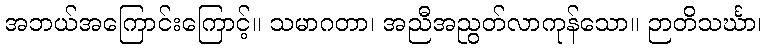
အဘယ်အကြောင်းကြောင့်။ သမာဂတာ၊ အညီအညွတ်လာကုန်သော။ ဉာတိသင်္ဃာ၊